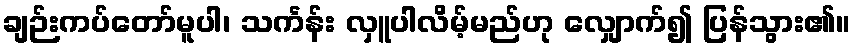
ချဉ်းကပ်တော်မူပါ၊ သင်္ကန်း လှူပါလိမ့်မည်ဟု လျှောက်၍ ပြန်သွား၏။